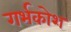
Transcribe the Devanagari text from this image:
गर्भकोश